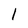
Character: 1